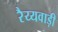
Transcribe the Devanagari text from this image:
रैय्यवाड़ी